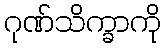
ဂုဏ်သိက္ခာကို